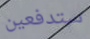
ستدفعين